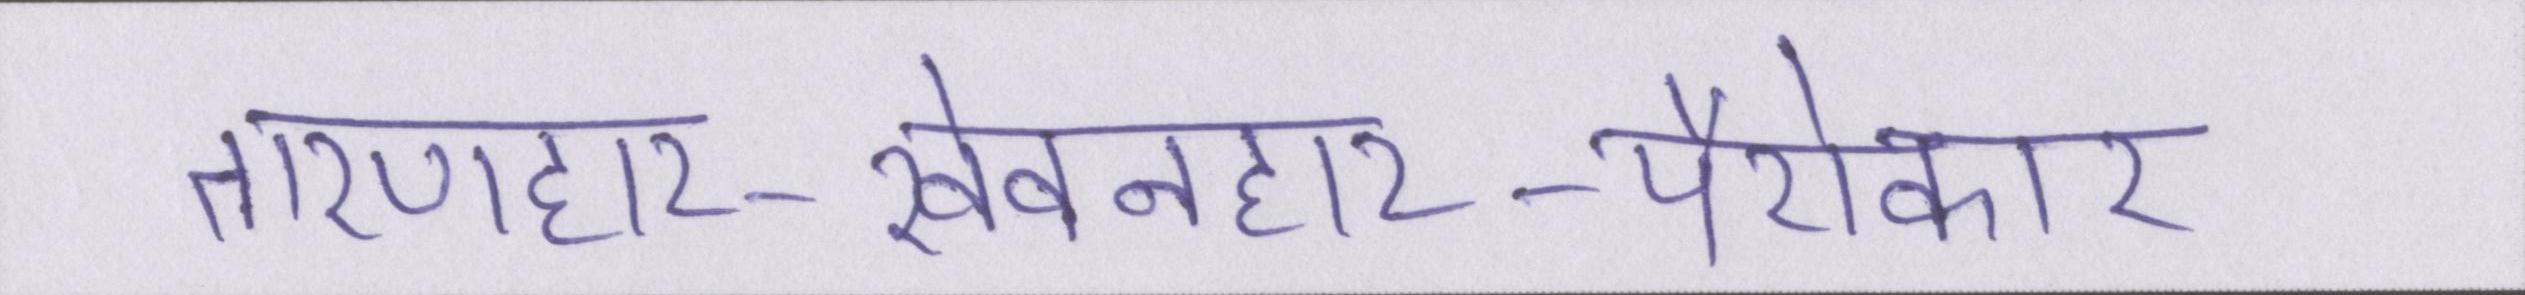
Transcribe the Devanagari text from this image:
तारणहार-खेवनहार-पैरोकार